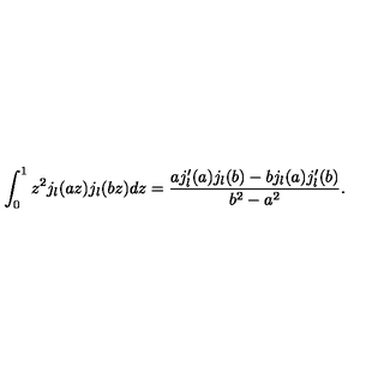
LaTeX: \int _ { 0 } ^ { 1 } z ^ { 2 } j _ { l } ( a z ) j _ { l } ( b z ) d z = \frac { a j _ { l } ^ { \prime } ( a ) j _ { l } ( b ) - b j _ { l } ( a ) j _ { l } ^ { \prime } ( b ) } { b ^ { 2 } - a ^ { 2 } } .